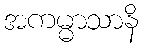
အကမ္မာသာနိ